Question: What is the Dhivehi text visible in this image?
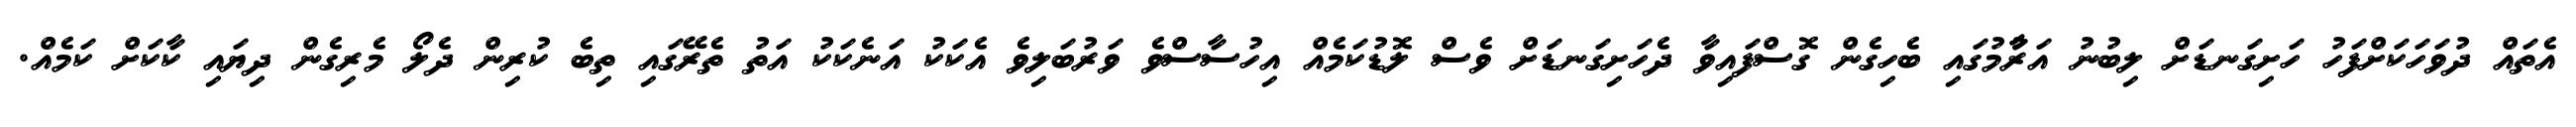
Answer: އެތައް ދުވަހަކަށްފަހު ހަށިގަނޑަށް ލިބުނު އަރާުމުގައި ބެހިގެން ގޮސްފައިވާ ދެހަށިގަނޑަށް ވެސް ލޮޑުކަމެއް އިހުސާސްވެ ވަރުބަލިވެ އެކަކު އަނެކަކު އަތު ތެރޭގައި ތިބެ ކުރިން ދެލޯ މެރިގެން ދިޔައި ކާކަށް ކަމެއް.